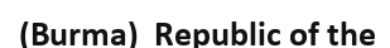
(Burma)  Republic of the